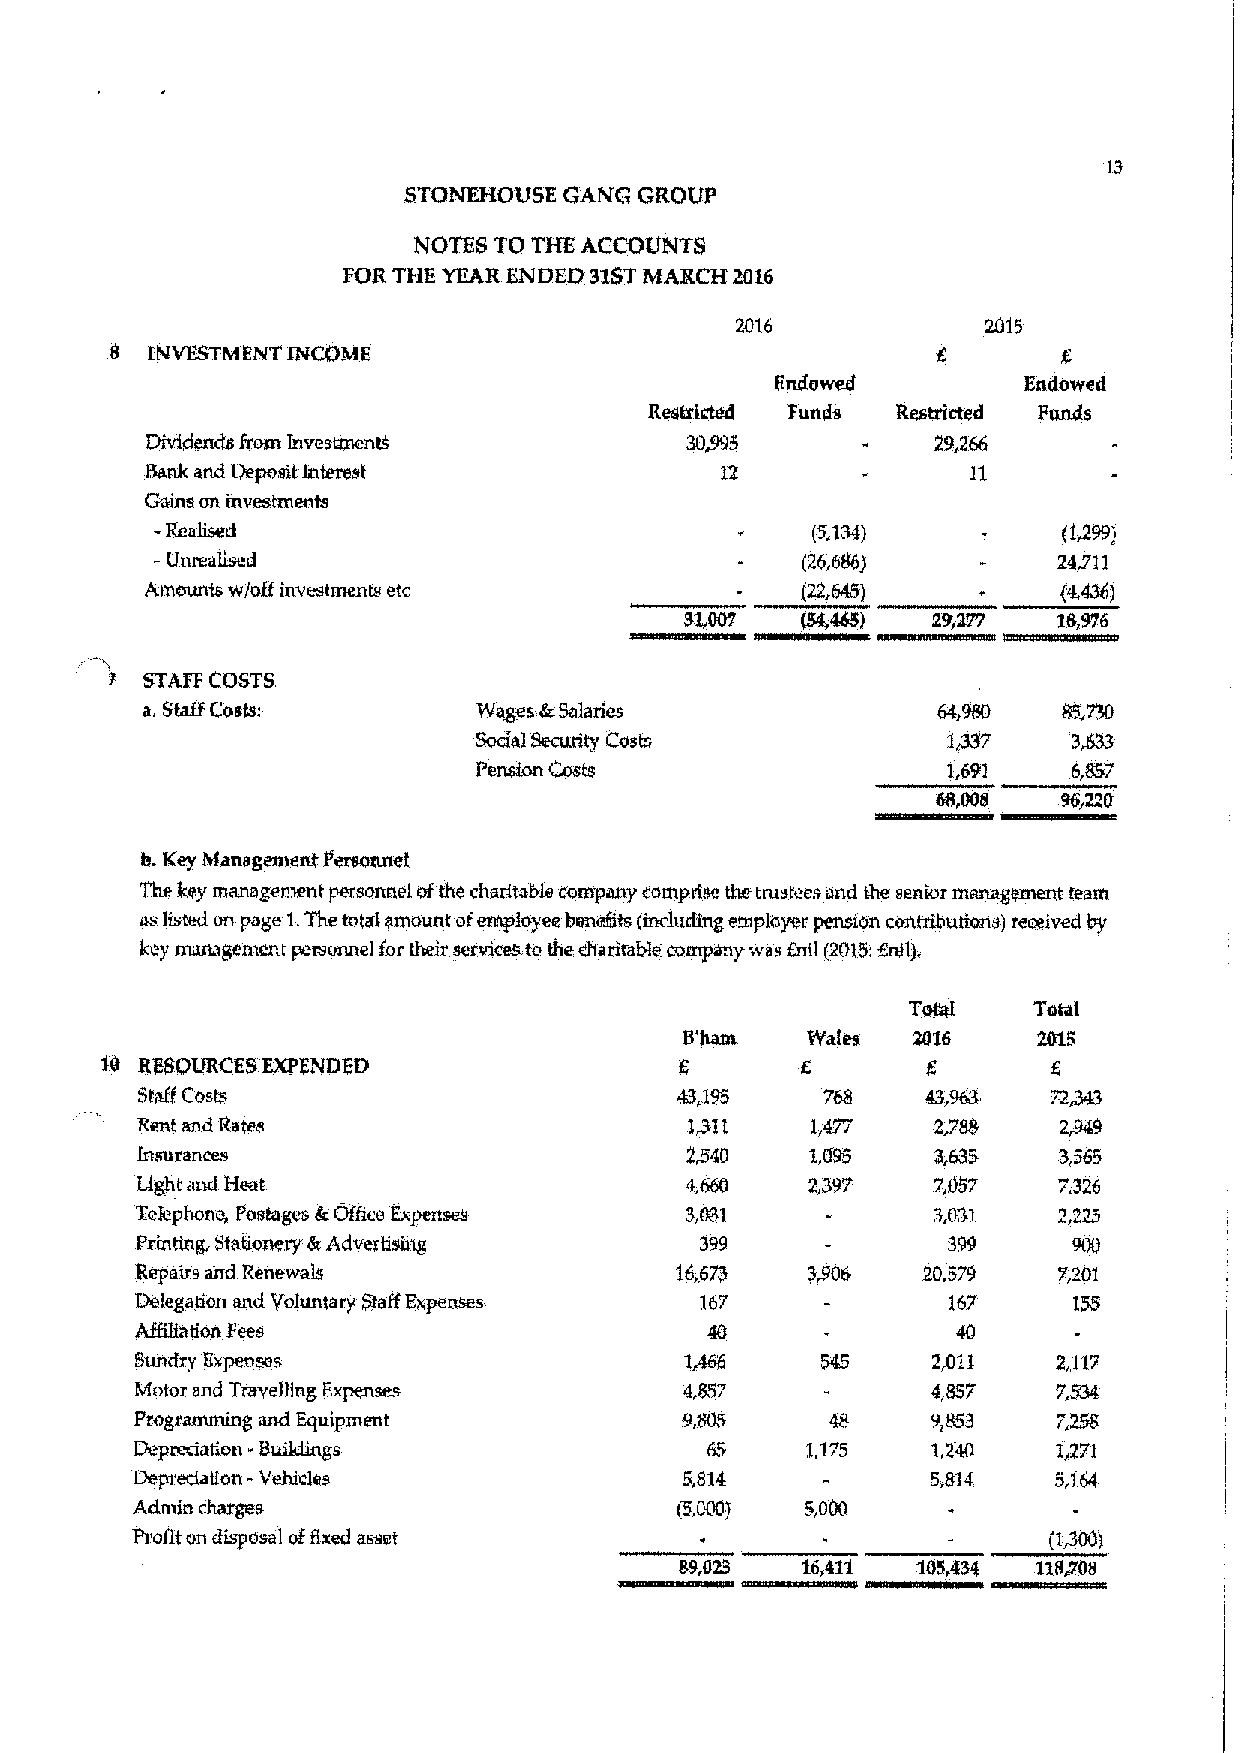
STCINEHQUSE GANG GROUP
 NOTES TO THE ACCOUNTS
 FOR THE YEAR ENDED 31SThiARCH 2016
 2015
 8  I&it&&ESTivIENT INCOME
 Endowed          Endowed
 Restricted Funds Resttlcted Funds
 Dividends &om Investtnentk         30&5             29,266
 Bank and Deposit Interest             12              11
 Gains on investments
 -
 Reahsed                                    (5.'l34)        (1499)
 -Umeahsed                                  (26,686)         24/I 1
 Amounts wloff investments etc              (22,6&ka)        (4,436)
 3l,007  (54,465} 29,277  18,976
 STAFF COSTS
 a.StaBCosts:          Wages 4cSalaries               64,980
 Socta)8«cunty Costs            1&7
 Pension Costs                   1,691
 h. Key Management Personnel
 The key managentent personnel ofthe char(tat&ls company comprise the trustees and the senior man«8«ment team
 as bated on page 1.The total amount of employee bsnegts (including eruployer pensron contributions) received by
 key man«gem«nt personnel fortheir services to the charitaM« company was fnil (2015:Kr«1),
 Total
 iyharn  Wales  2II16
 RKSOI}RCKSEXPENDED                  6       6                6
 72~
 Staff Costs                         43,195    768
 Rent and Rates                       Iyn     1,477   2,788   2,949
 2~
 Insurances                                   1,095   3,635   3565
 Light and Heat                      4,660    2,397   7,057   7,326
 T«I«phone, Pe«tages 4rONce Expenses 3,031            3,031   2,225
 Printing, Stationery 6rAdvertising   399              399     900
 Repairs a'rrd Renews}s              16&673          20,579   7,201
 Delegation and Voluntary Staff Expenses 167           167     155
 ABiliation Fees
 Sundry Expenses                     1,466            2,011   2,l17
 Motor and TravelKng Expenses        4,857            4,857   7,534
 Programming aBnd ~Equsipment        9,805     48     9,853   7,258
 -
 Depredation                                 1,175            1,271
 Dept«dalton -Vehicles               5,814            5,814,  5,1.64
 Admin charges                       (5,000)
 (I~)
 Profit on disposal ofExed a&net
 89&023  16,411  105334  118708